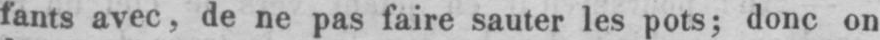
fants avec, de ne pas faire sauter les pots; donc on